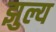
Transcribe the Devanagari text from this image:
झुल्य